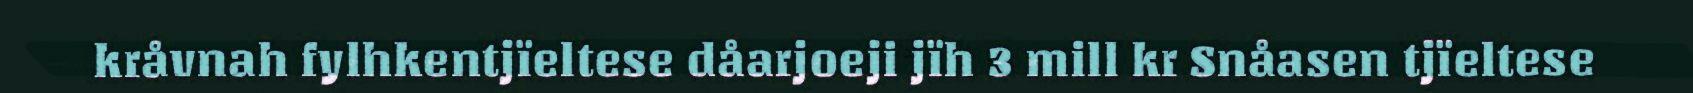
kråvnah fylhkentjïeltese dåarjoeji jïh 3 mill kr Snåasen tjïeltese